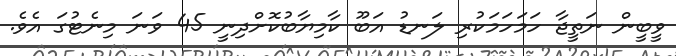
ވީބީން ނަތީޖާ ހަމަހަމަކުރި ލަނޑު އަބޫ ކާމިޔާބުކޮށްދިނީ 45 ވަނަ މިނެޓުގަ އެވެ.